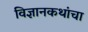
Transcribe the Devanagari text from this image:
विज्ञानकथांचा